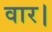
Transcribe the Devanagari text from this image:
वार।